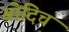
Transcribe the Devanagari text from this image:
बोदिच